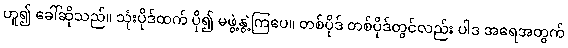
ဟူ၍ ခေါ်ဆိုသည်။ သုံးပိုဒ်ထက် ပို၍ မဖွဲ့နွဲ့ကြပေ။ တစ်ပိုဒ် တစ်ပိုဒ်တွင်လည်း ပါဒ အရေအတွက်